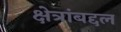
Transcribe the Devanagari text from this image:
क्षेत्रांबद्दल